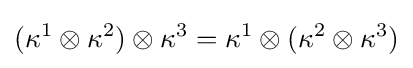
(\kappa ^{1}\otimes \kappa ^{2})\otimes \kappa ^{3}=\kappa ^{1}\otimes (\kappa ^{2}\otimes \kappa ^{3})